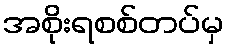
အစိုးရစစ်တပ်မှ